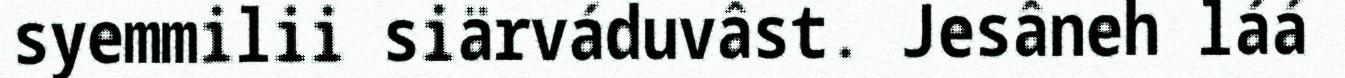
syemmilii siärváduvâst. Jesâneh láá